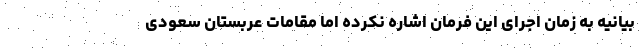
بیانیه به زمان اجرای این فرمان اشاره نکرده اما مقامات عربستان سعودی